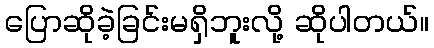
ပြောဆိုခဲ့ခြင်းမရှိဘူးလို့ ဆိုပါတယ်။